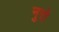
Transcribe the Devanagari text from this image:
नुरो